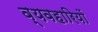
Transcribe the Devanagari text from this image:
व्यवहारियों